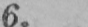
6.